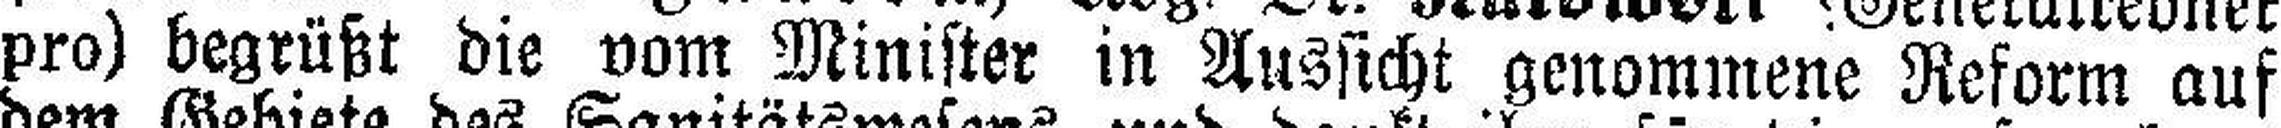
pro) begrüßt die vom Minister in Aussicht genommene Reform auf